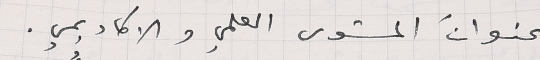
عنوانَ المستوى العلمي والاكاديمي.